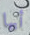
أيها